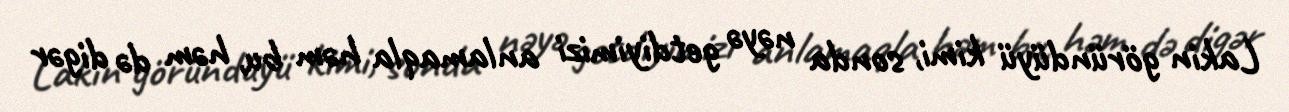
Lakin göründüyü kimi, sonda nəyə getdiyimizi anlamaqla həm bu, həm də digər